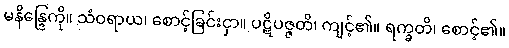
မနိန္ဒြေကို။ သံဝရာယ၊ စောင့်ခြင်းငှာ။ ပဋိပဇ္ဇတိ၊ ကျင့်၏။ ရက္ခတိ၊ စောင့်၏။